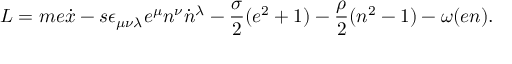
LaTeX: L = m e \dot { x } - s \epsilon _ { \mu \nu \lambda } e ^ { \mu } n ^ { \nu } \dot { n } { } ^ { \lambda } - \frac { \sigma } { 2 } ( e ^ { 2 } + 1 ) - \frac { \rho } { 2 } ( n ^ { 2 } - 1 ) - \omega ( e n ) .